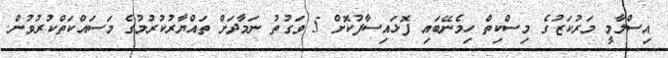
އިސްލާމީ މަރުކަޒުގެ މިސްކިތް ހިމެނޭބައި ފޮޅައިސާފުކޮށް 5 ވަގުތު ނަމާދަށް ތައްޔާރުކުރުމުގެ މަސައްކަތްކުރުވުން.